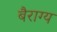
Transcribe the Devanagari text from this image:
बैराग्य